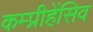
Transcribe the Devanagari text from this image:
कम्प्रीहेंसिव